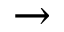
\rightarrow